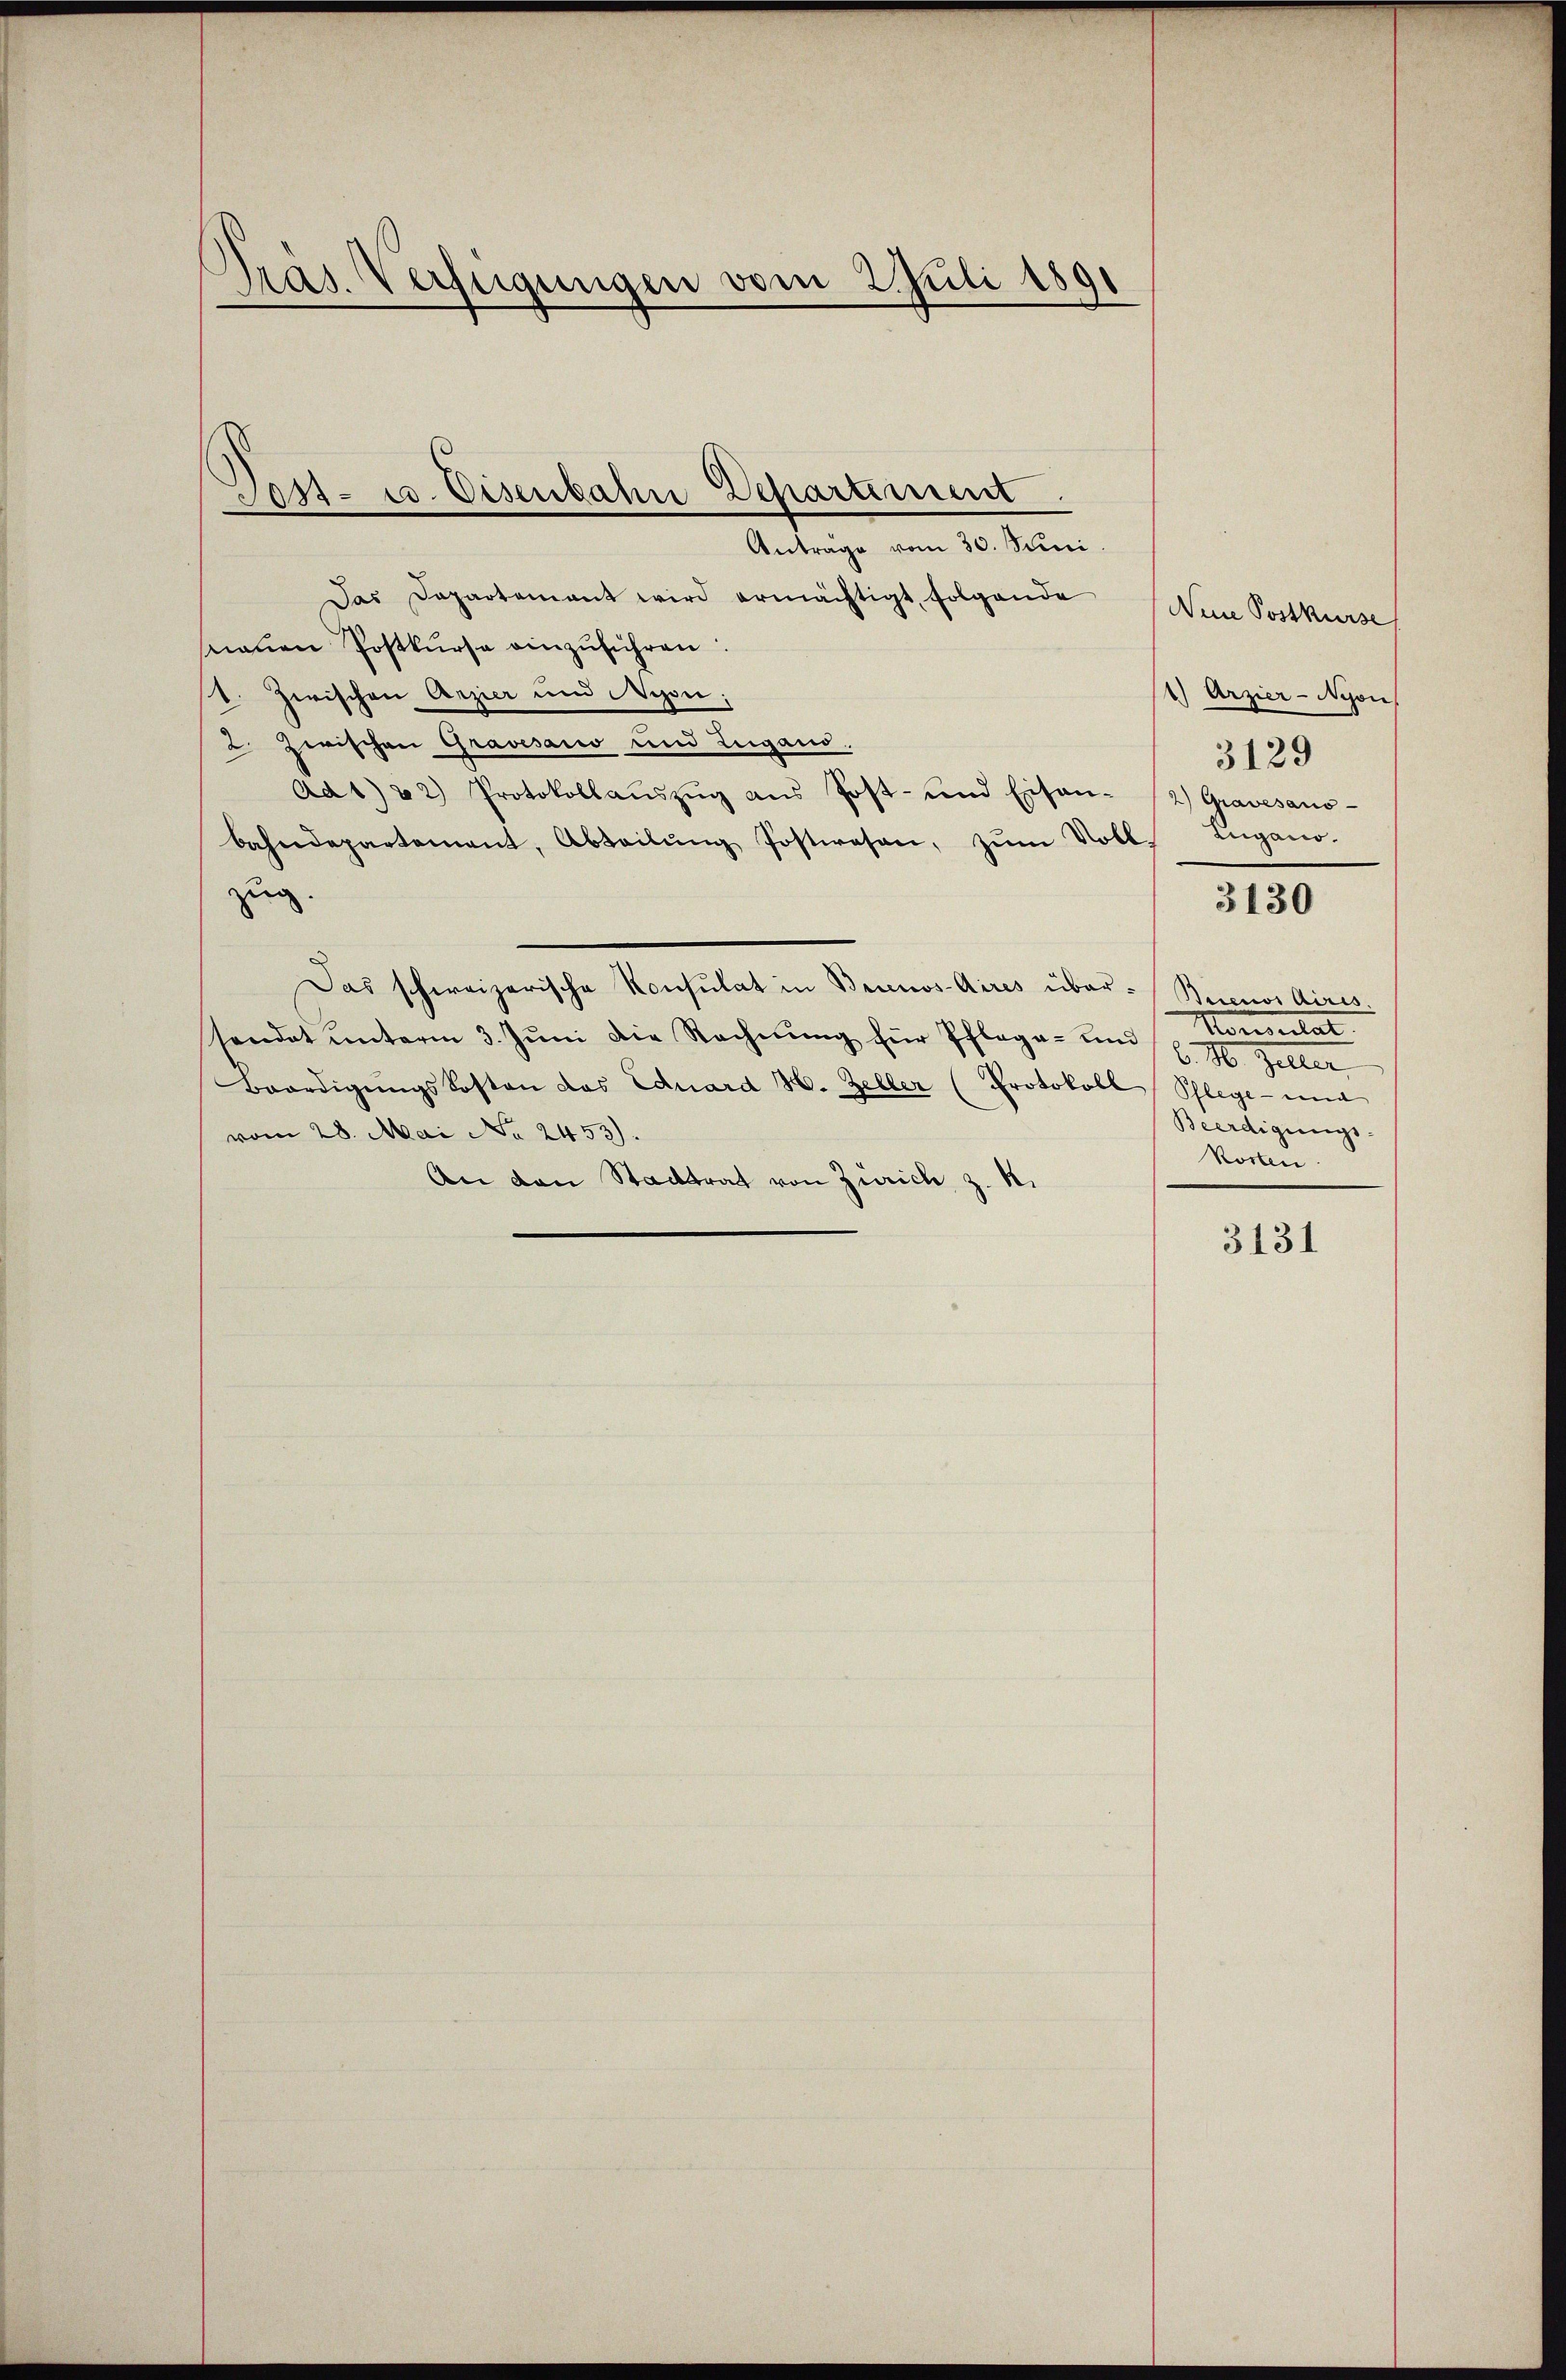
Pras. Verfügungen vom 2. Juli 1891

Das Departement wird ermächtigt, folgende
naŭen Postkŭrse einzŭführen:
st. Zwischen Arzier und Nyon;
2 zwischen Gravesano und Zugano.
Ad 1) 2) Protokollaŭszŭg ans Post- und Eisen-
bahndepartement, Abteilŭng Postwesen, zŭm Voll- Angano.
zug.
Das schweizerische Konsulat in Brunos-Aires über-Beznos Aires.
sendet unterm 3. Jŭni die Rechnŭng für Pflege- und
Boordigŭngskosten das Eduard H. Zeller (Protokoll Schlege - ein
vom 28. Mai No 2453).
An den Stadtrat von Zürich z. R.

Jost- u. Eisenbahne Departement
Antrage vom 30. Juni.

Neie Postkurse
1) Arzier-Nyon
3129
2) Gravesano-

3130

Momentat
l. M. Heller
Beerdigungs-
Kosten.

3131